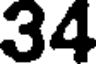
34